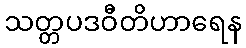
သတ္တပဒဝီတိဟာရေန